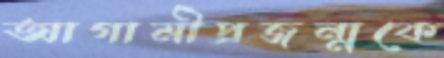
আগামীপ্রজন্মকে